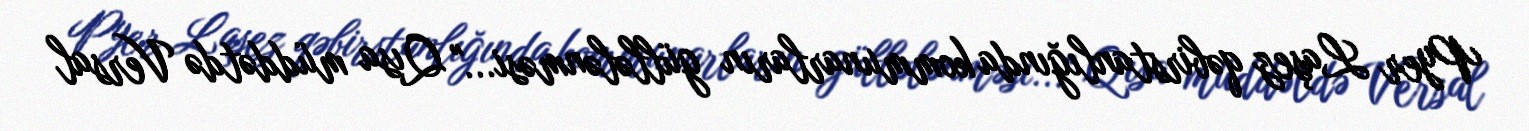
Pyer Laşez qəbirstanlığında kommunarların güllələnməsi..." Qısa müddətdə Versal